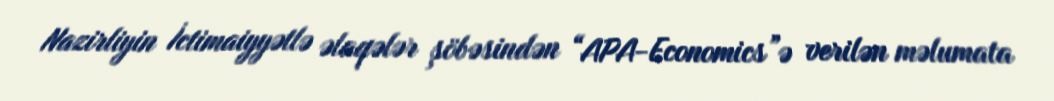
Nazirliyin İctimaiyyətlə əlaqələr şöbəsindən “APA-Economics”ə verilən məlumata